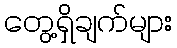
တွေ့ရှိချက်များ